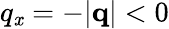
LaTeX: q_{\mathit{x}}=-|\mathbf{{q}}|<0